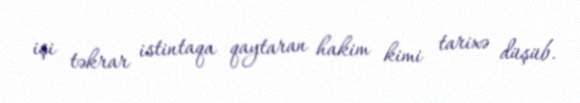
işi təkrar istintaqa qaytaran hakim kimi tarixə düşüb.